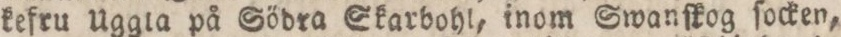
kefru Uggla på Södra Skarbohl, inom Swanſkog ſocken,